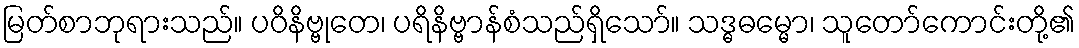
မြတ်စာဘုရားသည်။ ပဝိနိဗ္ဗုတေ၊ ပရိနိဗ္ဗာန်စံသည်ရှိသော်။ သဒ္ဓဓမ္မော၊ သူတော်ကောင်းတို့၏